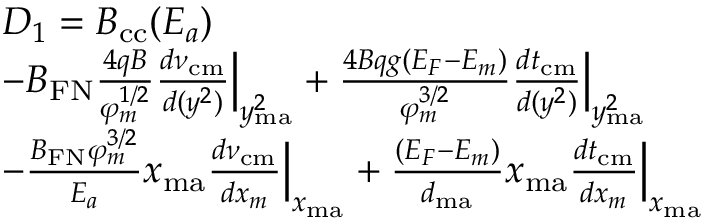
\begin{array} { r l } & { D _ { 1 } = { \cal B } _ { \mathrm { c c } } ( E _ { a } ) } \\ & { - B _ { \mathrm { F N } } \frac { 4 q B } { \varphi _ { m } ^ { 1 / 2 } } \frac { d \nu _ { \mathrm { c m } } } { d ( y ^ { 2 } ) } \Big | _ { y _ { \mathrm { m a } } ^ { 2 } } + \frac { 4 B q g ( { \cal E } _ { F } - { \cal E } _ { m } ) } { \varphi _ { m } ^ { 3 / 2 } } \frac { d t _ { \mathrm { c m } } } { d ( y ^ { 2 } ) } \Big | _ { y _ { \mathrm { m a } } ^ { 2 } } } \\ & { - \frac { B _ { \mathrm { F N } } \varphi _ { m } ^ { 3 / 2 } } { E _ { a } } x _ { \mathrm { m a } } \frac { d \nu _ { \mathrm { c m } } } { d x _ { m } } \Big | _ { x _ { \mathrm { m a } } } + \frac { ( { \cal E } _ { F } - { \cal E } _ { m } ) } { d _ { \mathrm { m a } } } x _ { \mathrm { m a } } \frac { d t _ { \mathrm { c m } } } { d x _ { m } } \Big | _ { x _ { \mathrm { m a } } } } \end{array}